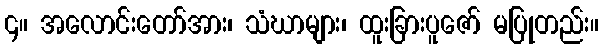
၄။ အလောင်းတော်အား၊ သံဃာများ၊ ထူးခြားပူဇော် မပြုတည်း။